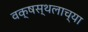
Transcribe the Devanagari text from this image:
वक्षस्थलाच्या